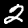
Digit: 2